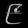
Digit: ၉